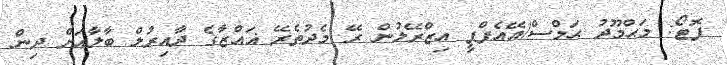
ފޮޓޯ: މަޙްމޫދު ޙަމްސް/އޭއެފްޕީ އިޒްރޭލުން ރޭ މެދުތެރޭ ޣައްޒާގެ ދާއިރުލް ބާލާއަށް ދިން